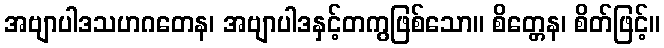
အဗျာပါဒသဟဂတေန၊ အဗျာပါဒနှင့်တကွဖြစ်သော။ စိတ္တေန၊ စိတ်ဖြင့်။